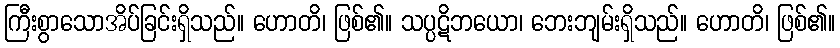
ကြီးစွာသောအိပ်ခြင်းရှိသည်။ ဟောတိ၊ ဖြစ်၏။ သပ္ပဋိဘယော၊ ဘေးဘျမ်းရှိသည်။ ဟောတိ၊ ဖြစ်၏။